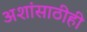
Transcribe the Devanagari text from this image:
अशांसाठीही